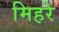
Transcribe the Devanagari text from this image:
मिहरे